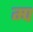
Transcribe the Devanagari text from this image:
म्प